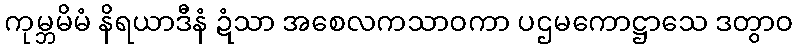
ကုမ္ဘမိမံ နိရယာဒီနံ ဍံသာ အစေလကသာဝကာ ပဌမကောဋ္ဌာသေ ဒတွာဝ